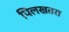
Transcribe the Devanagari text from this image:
पिलखतरा